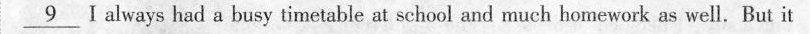
_9_ Ialways had a busy timetable at school and much homework as well.But it